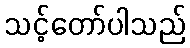
သင့်တော်ပါသည်